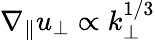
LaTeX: \nabla_{\| }u_{\perp}\propto k_{\perp}^{1/3}